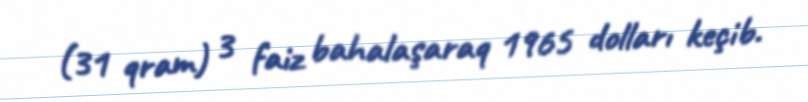
(31 qram) 3 faiz bahalaşaraq 1965 dolları keçib.